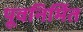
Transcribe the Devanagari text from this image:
पूवनिर्मित